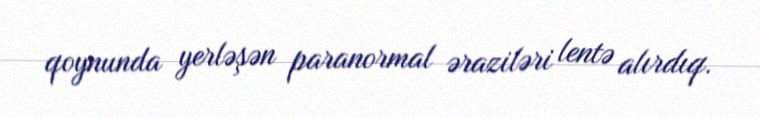
qoynunda yerləşən paranormal əraziləri lentə alırdıq.